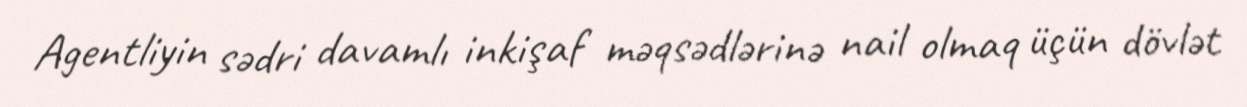
Agentliyin sədri davamlı inkişaf məqsədlərinə nail olmaq üçün dövlət